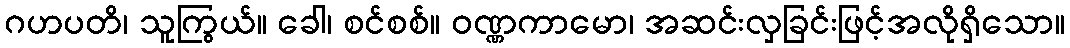
ဂဟပတိ၊ သူကြွယ်။ ခေါ၊ စင်စစ်။ ဝဏ္ဏကာမော၊ အဆင်းလှခြင်းဖြင့်အလိုရှိသော။